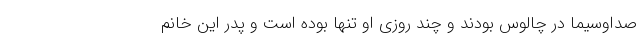
صداوسیما در چالوس بودند و چند روزی او تنها بوده است و پدر این خانم